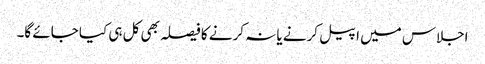
اجلاس میں اپیل کرنے یا نہ کرنے کا فیصلہ بھی کل ہی کیا جائے گا۔